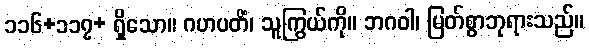
၁၁၆+၁၁၇+ ရှိသော။ ဂဟပတိံ၊ သူကြွယ်ကို။ ဘဂဝါ၊ မြတ်စွာဘုရားသည်။